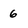
Character: 6